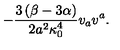
- \frac { 3 \left( \beta - 3 \alpha \right) } { 2 a ^ { 2 } \kappa _ { 0 } ^ { 4 } } v _ { a } v ^ { a } .